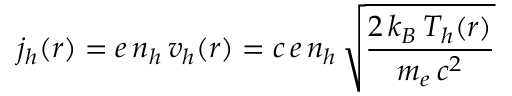
j _ { h } ( r ) = e \, n _ { h } \, v _ { h } ( r ) = c \, e \, n _ { h } \, \sqrt { \frac { 2 \, k _ { B } \, T _ { h } ( r ) } { m _ { e } \, c ^ { 2 } } }